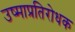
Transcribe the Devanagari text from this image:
उष्माप्रतिरोधक